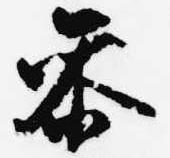
参